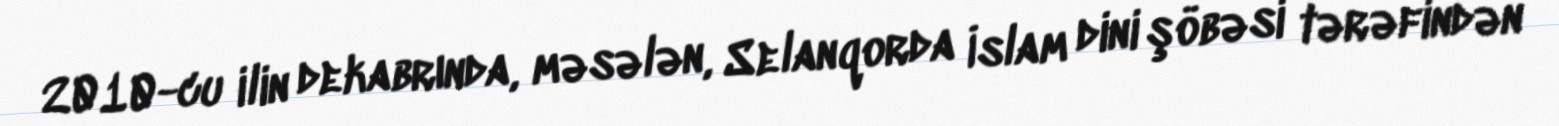
2010-cu ilin dekabrında, məsələn, Selanqorda İslam dini şöbəsi tərəfindən